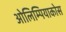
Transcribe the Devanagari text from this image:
ओलिम्पियाकोस